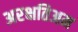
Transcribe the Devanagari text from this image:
अरक्षतिअम